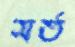
সর্ত